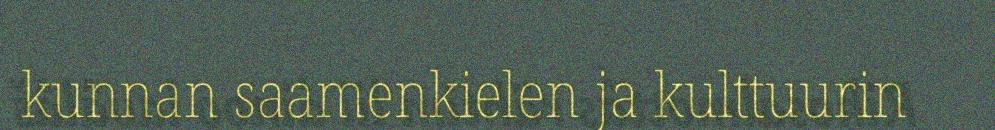
kunnan saamenkielen ja kulttuurin